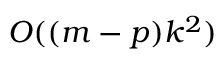
O ( ( m - p ) k ^ { 2 } )